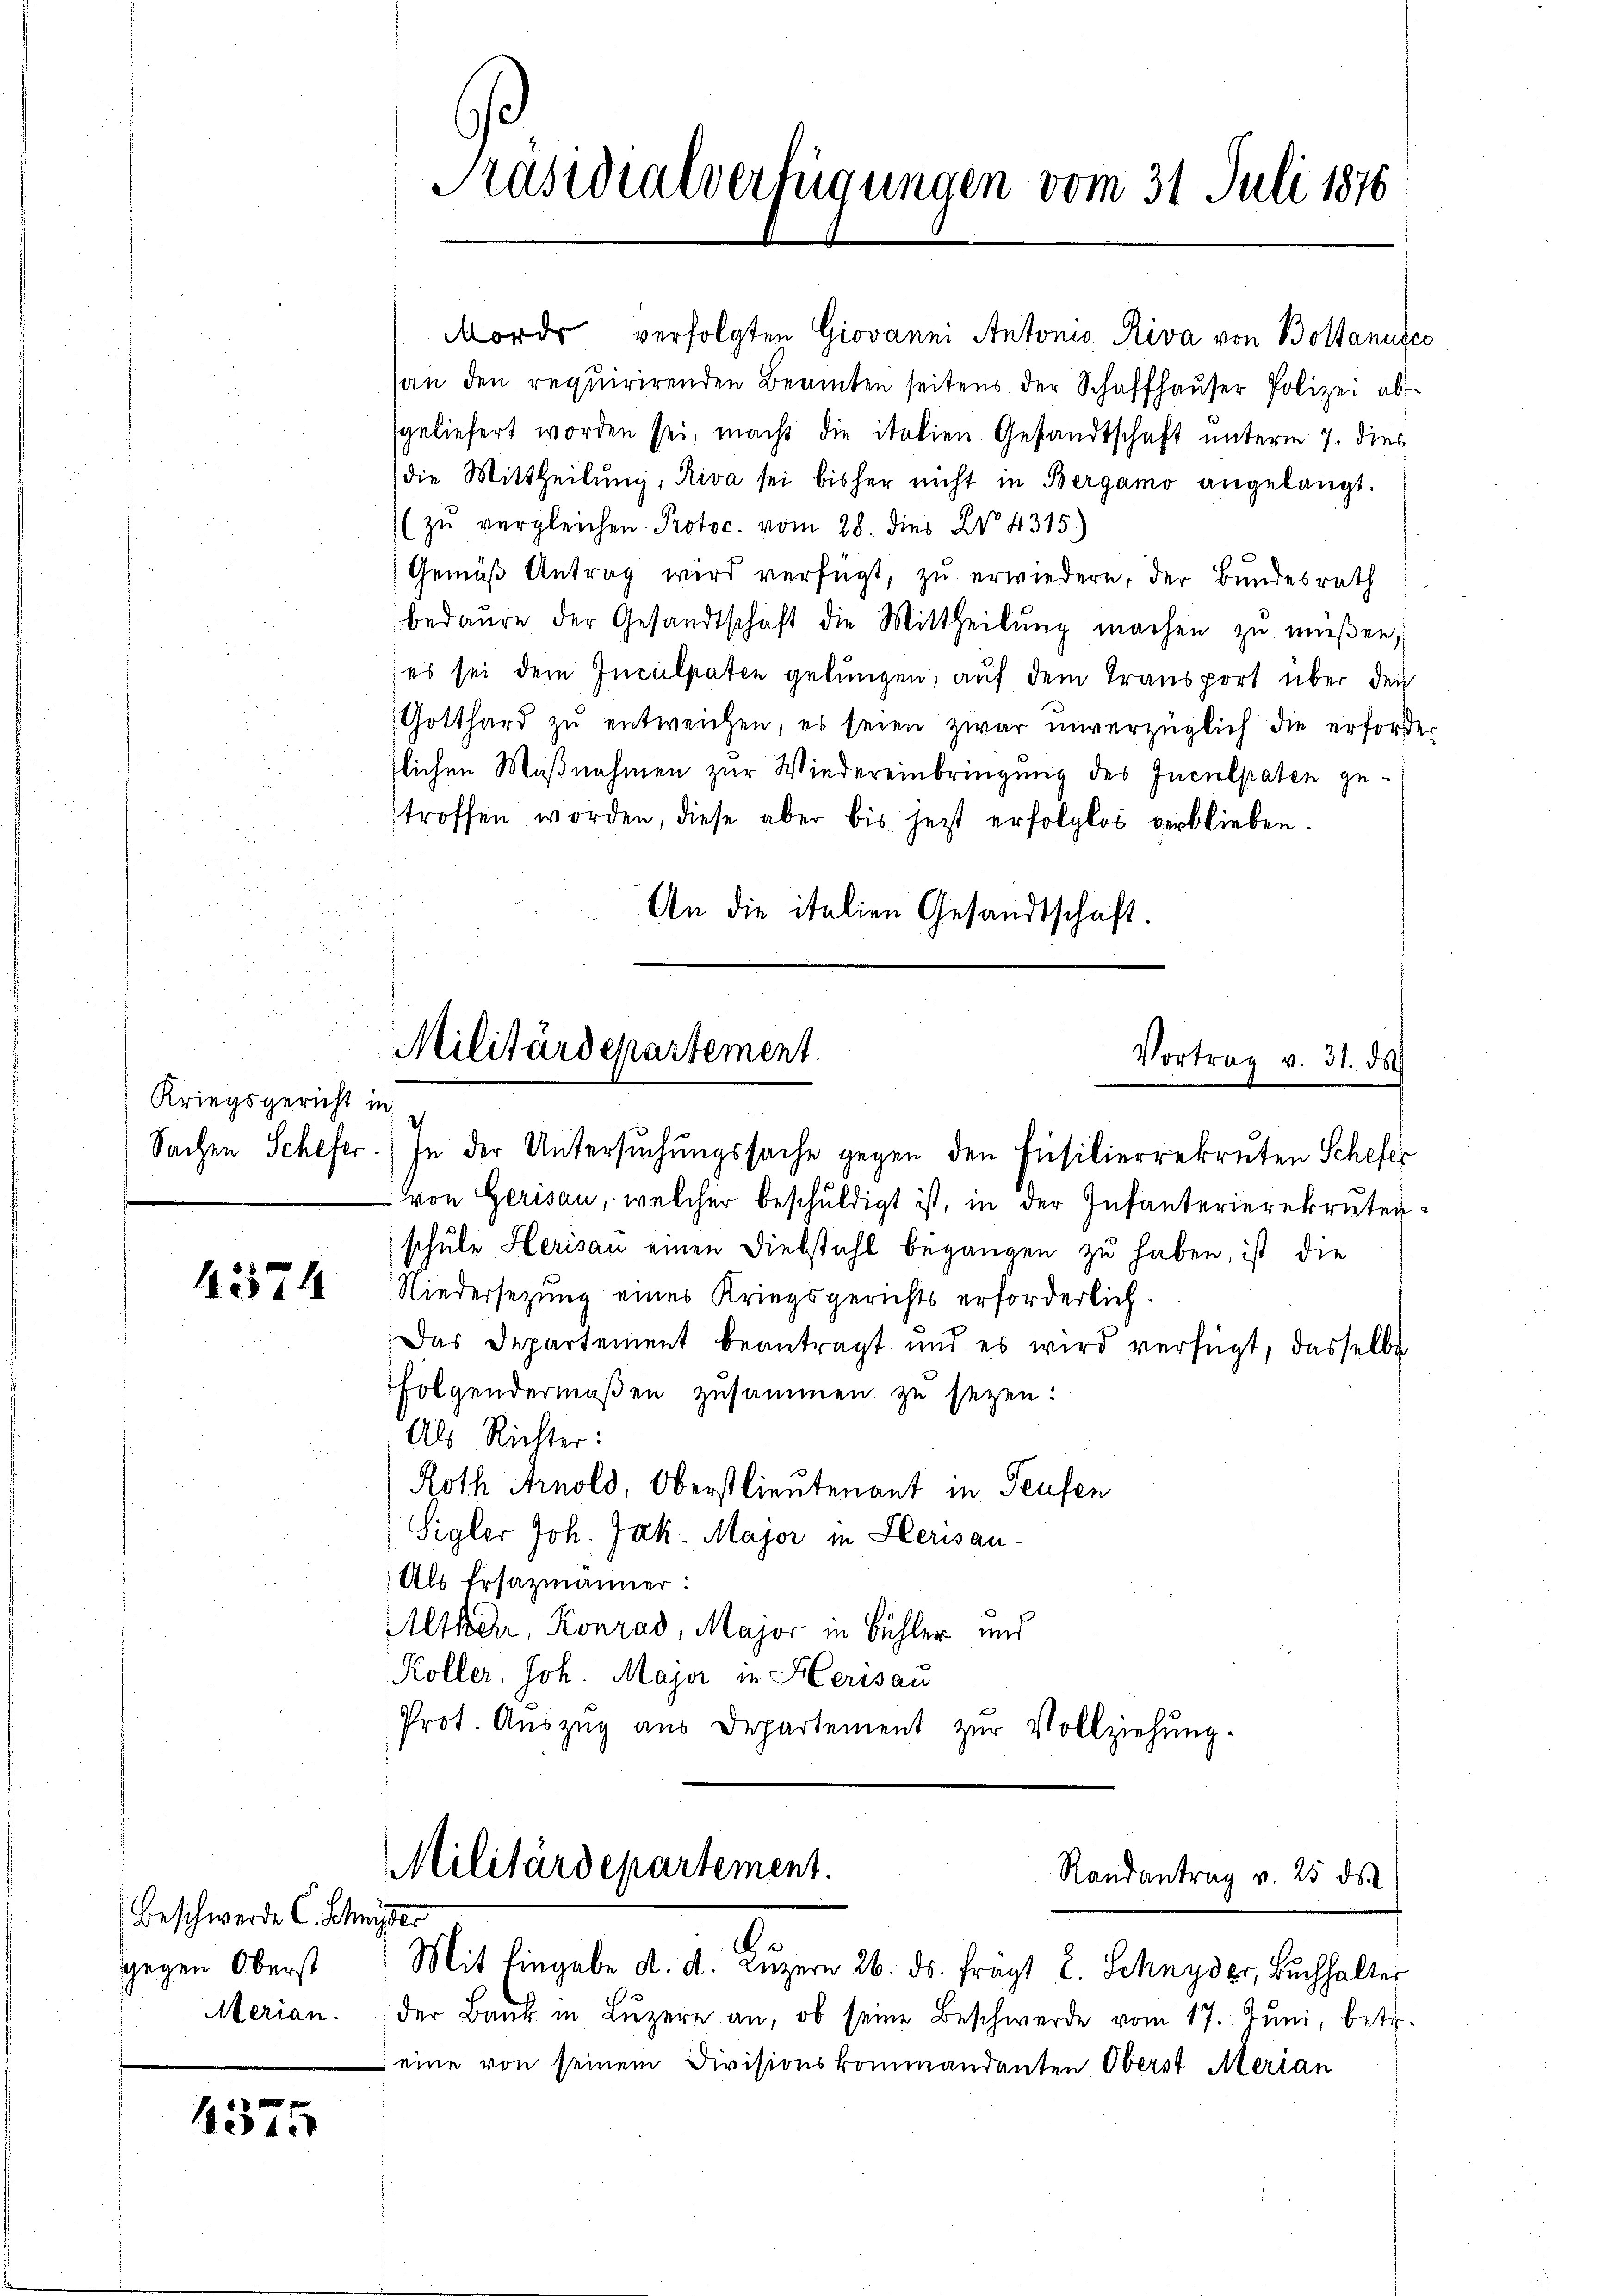
Kriegsgericht in

4574

Beschwerde C. Schnisser
gegen Oberst
Merian.

4375

Präsidialverfügungen vom 31. Juli 1876

Morde verfolgten Giovanni Antonio, Riva von Boltanusco
(an den requirirenden Beamten seitens der Schaffhauser Polizei abgeliefert worden sei, macht die italien. Gesandtschaft unterm 7. dies
die Mittheilŭng, Riva sei bisher nicht in Bergamo angelangt.
(zŭ vergleichen Protoc. vom 28. dies No 4315)
Gemäß Antrag wird verfügt, zu erwiedern, der Bundesrath
bedaure der Gesandtschaft die Mittheilŭng machen zŭ müßen,
es sei dem Inculpaten gelungen, auf dem Transport über den
Gotthard zŭ entweichen, es seien zwar unverzüglich die erforder
lichen Maßnahmen zur Wiedereinbringung des Inculpaten getroffen worden, diese aber bis jetzt erfolglos verblieben.
An die italien Gesandtschaft.

Militärdepartement.

Vortrag v. 31. ds.

2
Sachen Schefer. In der Untersuchungssache gegen den Füsilierrekruten Schefen
von Gerisau, welcher beschŭldigt ist, in der Infanterierekrutenschule Herisau einen Diebstahl begangen zu haben, ist die
Niedersezung eines Kriegsgerichts erforderlich.
Das Departement beantragt und es wird verfügt, dasselbe
Folgendermaßen zusammen zu sezen:
Als Richter:
Roth Arnold, Oberstlieutenant in Teufen
Sigler Joh. Jak. Major in Herisau-
Als Ersazmänner:
Alther, Konrad, Major in Bühler und
Koller, Joh. Major in Herisau
Prot. Auszug aus Departement zur Vollziehung.

Militärdepartement.
Randantrag v. 25 des
Mit Eingabe d. d. Luzern 26. ds. frägt E. Schnyder, Buchhalter

der Bank in Lŭzern an, ob seine Beschwerde vom 17. Jŭni, betr.
eine von seinem Divisionskommandanten Oberst Merian